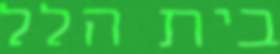
בית הלל